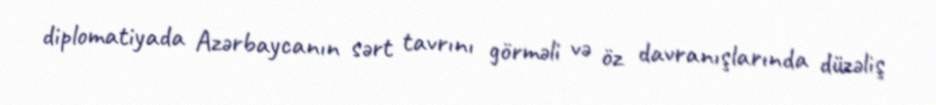
diplomatiyada Azərbaycanın sərt tavrını görməli və öz davranışlarında düzəliş